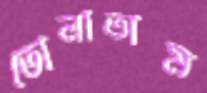
তোলাতাম